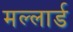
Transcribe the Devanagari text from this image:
मल्लार्ड